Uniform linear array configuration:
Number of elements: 4
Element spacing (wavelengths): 0.25
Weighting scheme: blackman
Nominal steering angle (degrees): -45
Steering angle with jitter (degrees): -44.191
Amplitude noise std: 0.05
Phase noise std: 0.05

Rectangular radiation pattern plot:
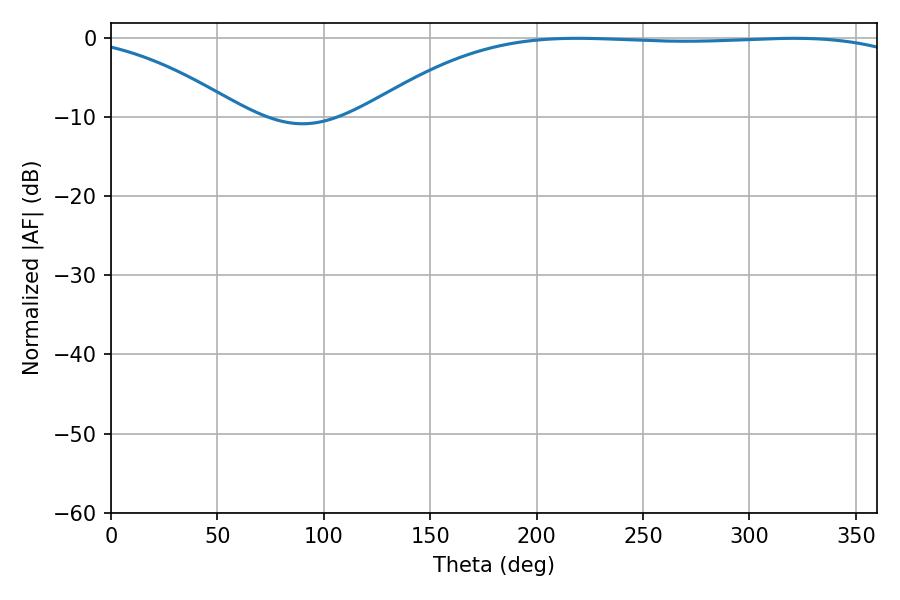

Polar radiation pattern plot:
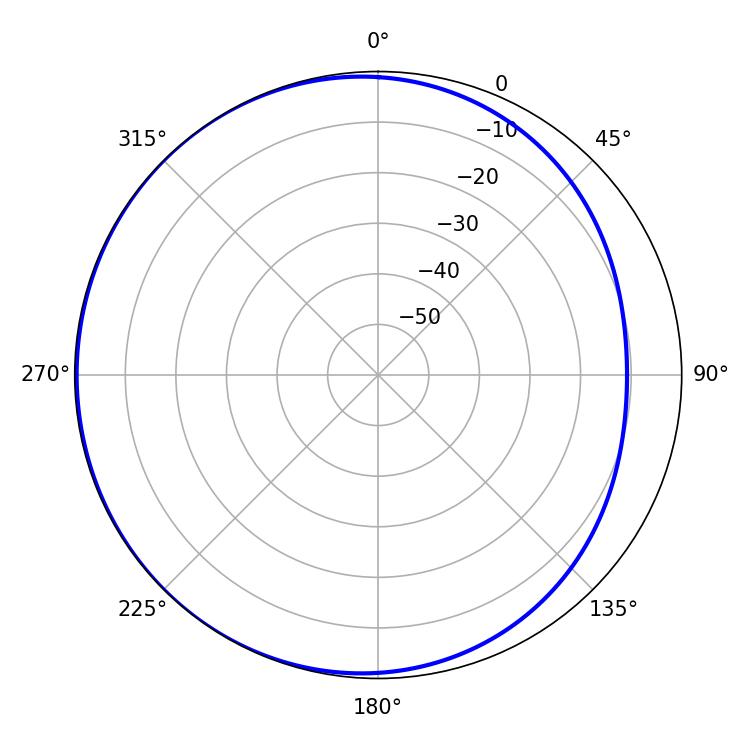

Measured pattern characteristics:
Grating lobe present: FALSE
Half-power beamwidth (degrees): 201.6
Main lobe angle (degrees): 219.06